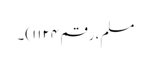
مسلم، رقم ۱۱۲۴)۔